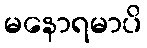
မနောရမာပိ